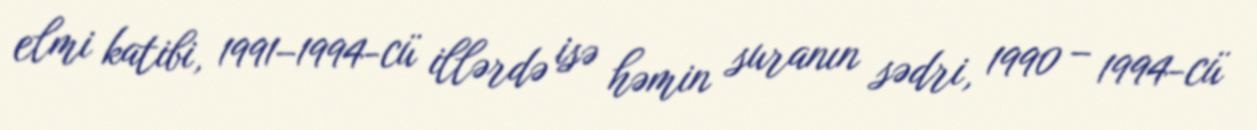
elmi katibi, 1991–1994-cü illərdə isə həmin suranın sədri, 1990 – 1994-cü